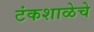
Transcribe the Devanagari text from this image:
टंकशाळेचे